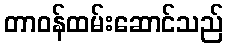
တာဝန်ထမ်းဆောင်သည်